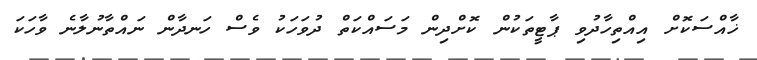
ޚާއްސަކޮށް އިއްތިހާދުވި ޕާޓީތަކުން ކޮށްދިން މަސައްކަތް ދުވަހަކު ވެސް ހަނދާން ނައްތާނުލާނެ ވާހަކަ